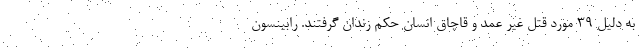
به دلیل ۳۹ مورد قتل غیر عمد و قاچاق انسان حکم زندان گرفتند. رابینسون